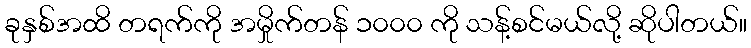
ခုနှစ်အထိ တရက်ကို အမှိုက်တန် ၁၀၀၀ ကို သန့်စင်မယ်လို့ ဆိုပါတယ်။